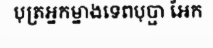
បុត្រអ្នកម្នាងទេពបុប្ផា អែក